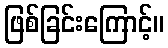
ဖြစ်ခြင်းကြောင့်။